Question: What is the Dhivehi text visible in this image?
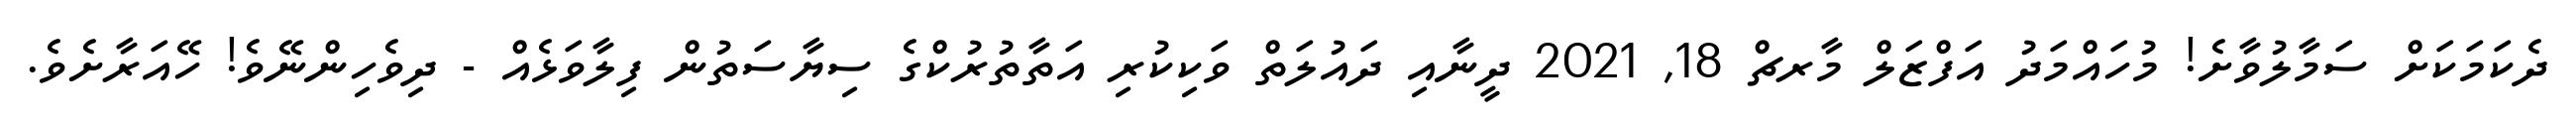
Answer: ދެކަމަކަށް ސަމާލުވާށެ! މުހައްމަދު އަފްޒަލް މާރޗް 18, 2021 ދީނާއި ދައުލަތް ވަކިކުރި އަތާތުރުކްގެ ސިޔާސަތުން ފިލާވަޅެއް - ދިވެހިންނޭވެ! ހޭއަރާށެވެ.